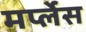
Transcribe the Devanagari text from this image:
मर्प्लेस